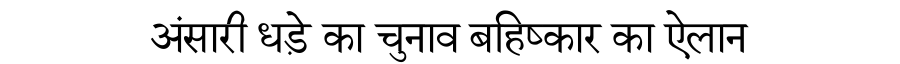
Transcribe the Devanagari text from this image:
अंसारी धड़े का चुनाव बहिष्कार का ऐलान